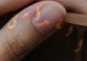
القدامى